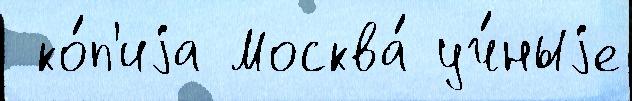
 ко́п'иjа Москва́ уч́ныjе